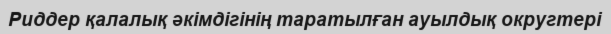
Риддер қалалық әкімдігінің таратылған ауылдық округтері